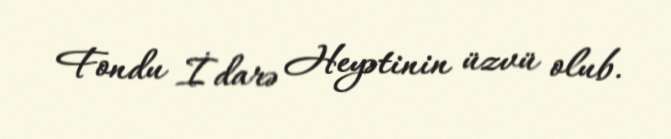
Fondu İdarə Heyətinin üzvü olub.